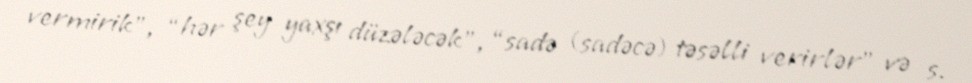
vermirik”, “hər şey yaxşı düzələcək”, “sadə (sadəcə) təsəlli verirlər” və s.